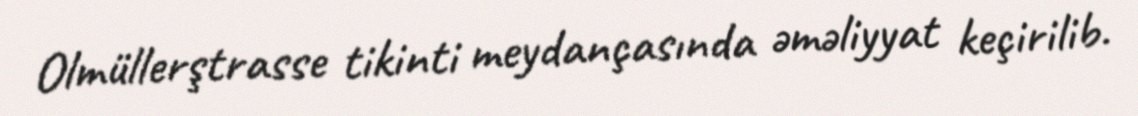
Olmüllerştrasse tikinti meydançasında əməliyyat keçirilib.